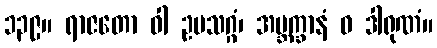
၁၃၉။ ရာဇတော ဝါ ဥပသဂ္ဂံ၊ အဗ္ဘက္ခာနံ ဝ ဒါရုဏံ။